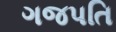
ગજપતિ